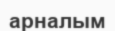
арналым